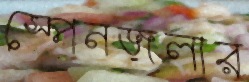
স্পেনজলার